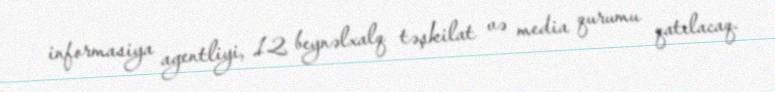
informasiya agentliyi, 12 beynəlxalq təşkilat və media qurumu qatılacaq.